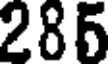
285